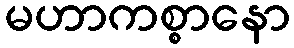
မဟာကစ္စာနော